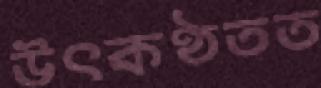
উৎকণ্ঠতত